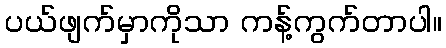
ပယ်ဖျက်မှာကိုသာ ကန့်ကွက်တာပါ။